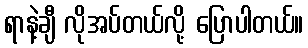
ရာနဲ့ချီ လိုအပ်တယ်လို့ ပြောပါတယ်။